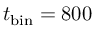
t _ { \mathrm { { b i n } } } = 8 0 0